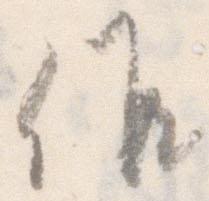
候